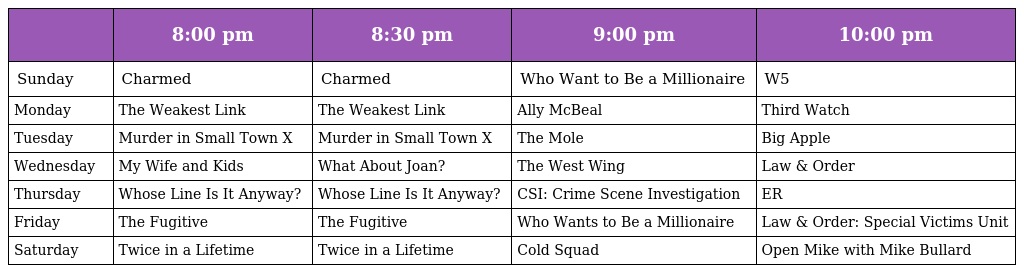
|  | 8:00 pm | 8:30 pm | 9:00 pm | 10:00 pm |
 | --- | --- | --- | --- | --- |
 | Sunday | Charmed | Charmed | Who Want to Be a Millionaire | W5 |
 | Monday | The Weakest Link | The Weakest Link | Ally McBeal | Third Watch |
 | Tuesday | Murder in Small Town X | Murder in Small Town X | The Mole | Big Apple |
 | Wednesday | My Wife and Kids | What About Joan? | The West Wing | Law & Order |
 | Thursday | Whose Line Is It Anyway? | Whose Line Is It Anyway? | CSI: Crime Scene Investigation | ER |
 | Friday | The Fugitive | The Fugitive | Who Wants to Be a Millionaire | Law & Order: Special Victims Unit |
 | Saturday | Twice in a Lifetime | Twice in a Lifetime | Cold Squad | Open Mike with Mike Bullard |